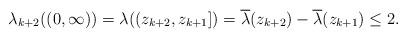
LaTeX: \begin{align*}\lambda_{k+2}((0,\infty)) = \lambda( (z_{k+2}, z_{k+1}]) =\overline \lambda(z_{k+2}) - \overline \lambda (z_{k+1}) \leq 2.\end{align*}